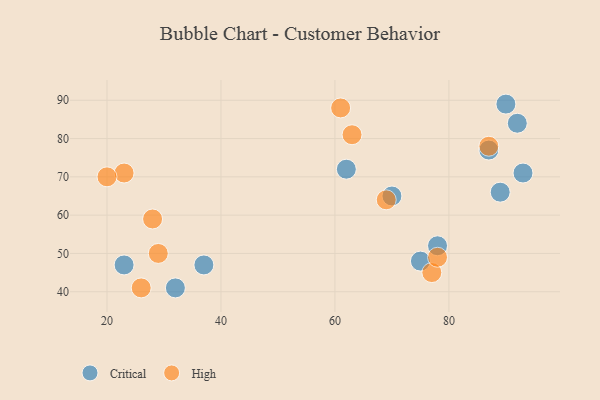
{"axis": {"x": "GDP", "y": "Life Expectancy"}, "legend": ["Critical", "High"], "data": [{"x": "92", "y": 84, "type": "Critical"}, {"x": "23", "y": 47, "type": "Critical"}, {"x": "75", "y": 48, "type": "Critical"}, {"x": "62", "y": 72, "type": "Critical"}, {"x": "32", "y": 41, "type": "Critical"}, {"x": "93", "y": 71, "type": "Critical"}, {"x": "37", "y": 47, "type": "Critical"}, {"x": "70", "y": 65, "type": "Critical"}, {"x": "87", "y": 77, "type": "Critical"}, {"x": "78", "y": 52, "type": "Critical"}, {"x": "89", "y": 66, "type": "Critical"}, {"x": "90", "y": 89, "type": "Critical"}, {"x": "23", "y": 71, "type": "High"}, {"x": "29", "y": 50, "type": "High"}, {"x": "77", "y": 45, "type": "High"}, {"x": "20", "y": 70, "type": "High"}, {"x": "69", "y": 64, "type": "High"}, {"x": "78", "y": 49, "type": "High"}, {"x": "26", "y": 41, "type": "High"}, {"x": "87", "y": 78, "type": "High"}, {"x": "63", "y": 81, "type": "High"}, {"x": "28", "y": 59, "type": "High"}, {"x": "61", "y": 88, "type": "High"}]}